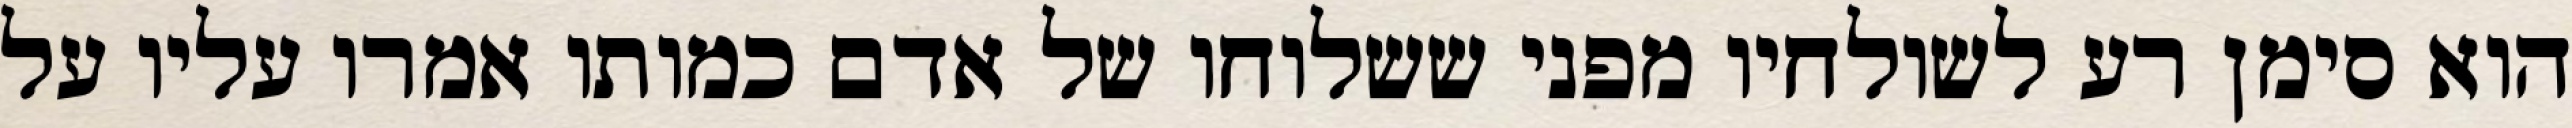
הוא סימן רע לשולחיו מפני ששלוחו של אדם כמותו אמרו עליו על